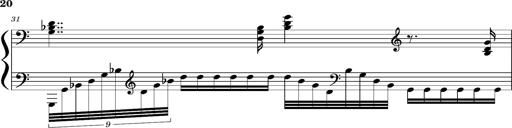
Title: Concerto sans orchestre, S.524a
Composer: Franz Liszt
Key: A major